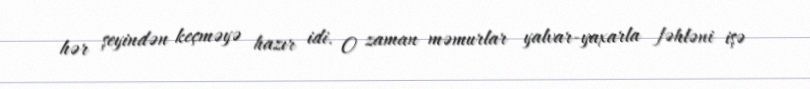
hər şeyindən keçməyə hazır idi. O zaman məmurlar yalvar-yaxarla fəhləni işə